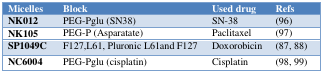
<table><thead><tr><td><b>Micelles</b></td><td><b>Block</b></td><td><b>Used drug</b></td><td><b>Refs</b></td></tr></thead><tbody><tr><td><b>NK012</b></td><td>PEG-Pglu (SN38)</td><td>SN-38</td><td>(96)</td></tr><tr><td><b>NK105</b></td><td>PEG-P (Asparatate)</td><td>Paclitaxel</td><td>(97)</td></tr><tr><td><b>SP1049C</b></td><td>F127,L61, Pluronic L61and F127</td><td>Doxorobicin</td><td>(87, 88)</td></tr><tr><td><b>NC6004</b></td><td>PEG-Pglu (cisplatin)</td><td>Cisplatin</td><td>(98, 99)</td></tr></tbody></table>